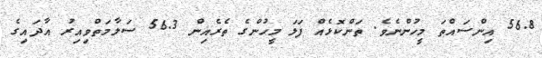
56.8 އިންސައްތަ މީހުންނެވެ. ތަންކޮޅެއް ފަލަ މީހުންގެ ތެރެއިން 56.3 ސަލާމަތްވިއިރު އާދައިގެ